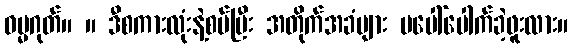
ဓမ္မဂုတ်။ ။ ဒီစကားလုံးနဲ့စပ်ပြီး အတိုက်အခံများ မပေါ်ပေါက်ခဲ့ဖူးလား။